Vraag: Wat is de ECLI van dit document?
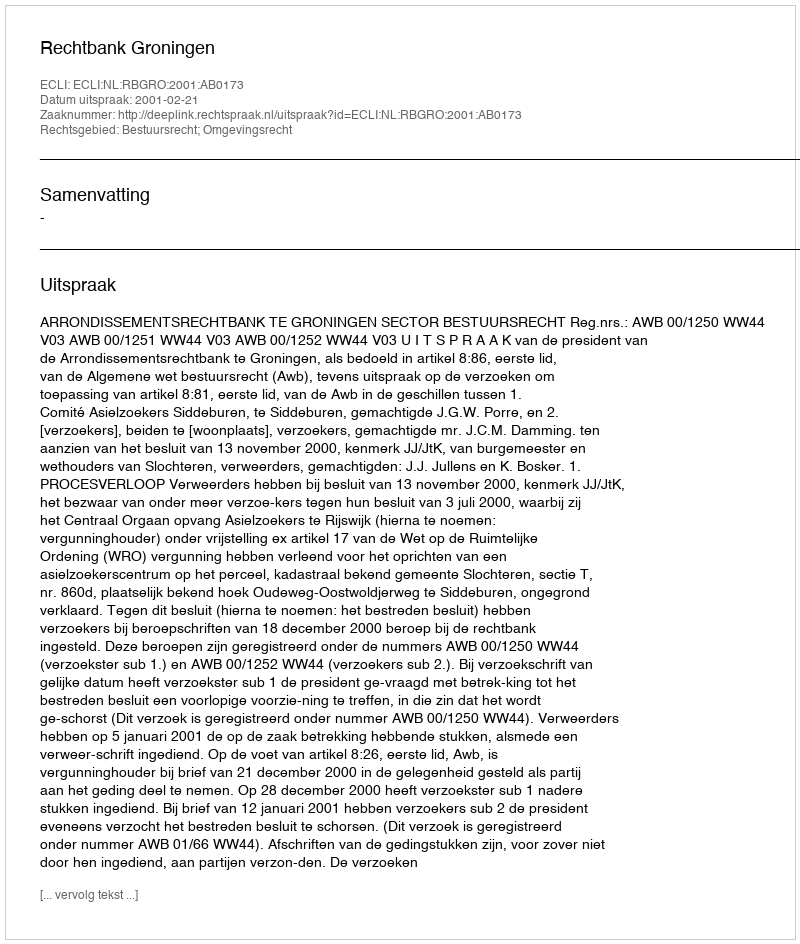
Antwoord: ECLI:NL:RBGRO:2001:AB0173